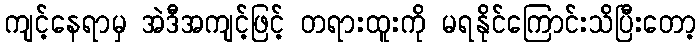
ကျင့်နေရာမှ အဲဒီအကျင့်ဖြင့် တရားထူးကို မရနိုင်ကြောင်းသိပြီးတော့